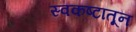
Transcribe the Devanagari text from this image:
स्वकष्टातून